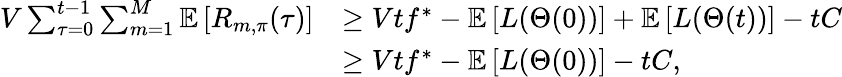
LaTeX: \begin{array}{rl}{V\sum_{\tau=0}^{t-1}\sum_{m=1}^{M}\mathbb{E}\left[R_{m,\pi}(\tau)\right]}&{\geq Vtf^{*}-\mathbb{E}\left[L(\Theta(0))\right]+\mathbb{E}\left[L(\Theta(t))\right]-tC}\\ &{\geq Vtf^{*}-\mathbb{E}\left[L(\Theta(0))\right]-tC,}\end{array}